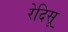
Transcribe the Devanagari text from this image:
रेदिसू